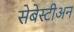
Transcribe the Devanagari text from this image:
सेबेस्टीअन